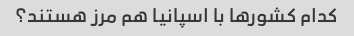
کدام کشورها با اسپانیا هم مرز هستند؟